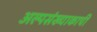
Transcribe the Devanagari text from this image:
अल्पसंख्याकाची